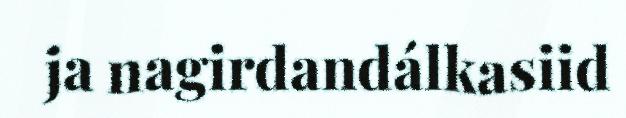
ja nagirdandálkasiid